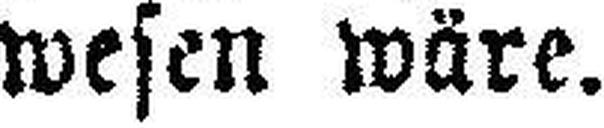
wesen wäre.